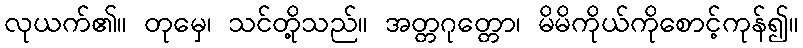
လုယက်၏။ တုမှေ၊ သင်တို့သည်။ အတ္တဂုတ္တော၊ မိမိကိုယ်ကိုစောင့်ကုန်၍။